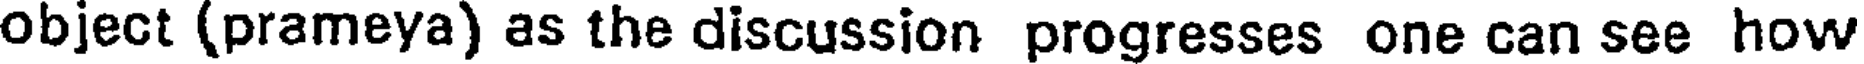
object (prameya) as the discussion progresses one can see how